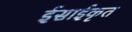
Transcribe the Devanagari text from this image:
ईसाईकृत